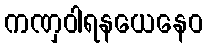
ကဏှဝါရနယေနေဝ